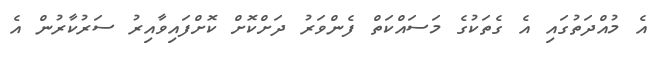
އެ މުއްދަތުގައި އެ ގެތަކުގެ މަސައްކަތް ފެންވަރު ދަށްކޮށް ކޮށްފައިވާއިރު ސަރުކާރުން އެ